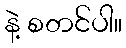
နဲ့ စတင်ပါ။